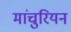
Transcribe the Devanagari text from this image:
मांचुरियन